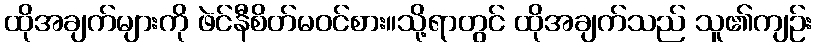
ထိုအချက်များကို ဖဲင်နီစိတ်မဝင်စား။သို့ရာတွင် ထိုအချက်သည် သူ၏ကျဉ်း